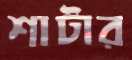
শাটার